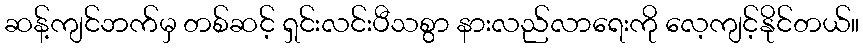
ဆန့်ကျင်ဘက်မှ တစ်ဆင့် ရှင်းလင်းပီသစွာ နားလည်လာရေးကို လေ့ကျင့်နိုင်တယ်။